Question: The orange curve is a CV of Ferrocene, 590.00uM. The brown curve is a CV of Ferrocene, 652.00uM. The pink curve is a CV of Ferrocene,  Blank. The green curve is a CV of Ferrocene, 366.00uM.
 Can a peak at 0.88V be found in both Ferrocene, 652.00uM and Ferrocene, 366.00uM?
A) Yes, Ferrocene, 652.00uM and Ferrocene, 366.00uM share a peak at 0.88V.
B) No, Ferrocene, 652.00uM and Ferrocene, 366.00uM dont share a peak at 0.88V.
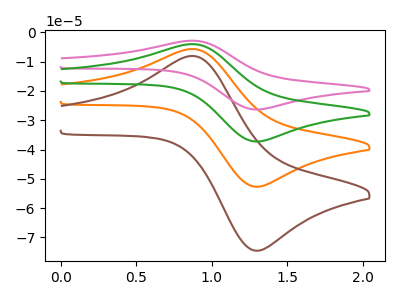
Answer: <think>The orange curve "Ferrocene, 590.00uM" has an anodic peak at (0.90V, -5.70uA) and a cathodic peak at (1.30V, -52.70uA). The brown curve "Ferrocene, 652.00uM" has an anodic peak at (0.90V, -8.10uA) and a cathodic peak at (1.30V, -74.50uA). The pink curve "Ferrocene,  Blank" has an anodic peak at (0.90V, -17.15uA) and a cathodic peak at (1.30V, -158.10uA). The green curve "Ferrocene, 366.00uM" has an anodic peak at (0.90V, -11.45uA) and a cathodic peak at (1.30V, -105.40uA).</think>
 <answer>A) Yes, "Ferrocene, 652.00uM" and "Ferrocene, 366.00uM" share a peak at 0.88V.</answer>
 <eval>A</eval>